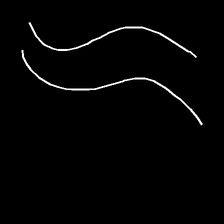
Glyph: float